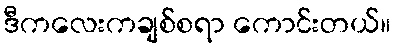
ဒီကလေးကချစ်စရာ ကောင်းတယ်။